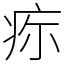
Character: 𤵜